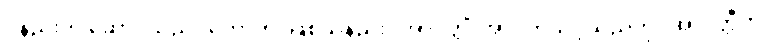
ဝိနည်းကို ဆောင်သည်။ ဟောတိ၊ ဖြစ်သနည်း။ အာပတ္တိံ၊ အာပတ်သင့်သည်ကို။ အာပတ္တီတိ၊